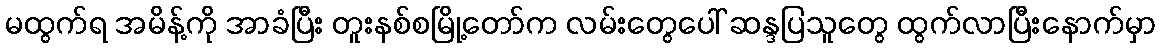
မထွက်ရ အမိန့်ကို အာခံပြီး တူးနစ်စမြို့တော်က လမ်းတွေပေါ် ဆန္ဒပြသူတွေ ထွက်လာပြီးနောက်မှာ